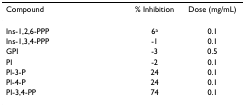
| Compound | % Inhibition | Dose (mg/mL) |
 | --- | --- | --- |
 | Ins-1,2,6-PPP | 6a | 0.1 |
 | Ins-1,3,4-PPP | -1 | 0.1 |
 | GPI | -3 | 0.5 |
 | PI | -2 | 0.1 |
 | Pl-3-P | 24 | 0.1 |
 | Pl-4-P | 24 | 0.1 |
 | PI-3,4-PP | 74 | 0.1 |